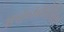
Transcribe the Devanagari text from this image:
अच्चनकोविल